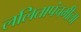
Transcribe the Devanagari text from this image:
ललितापंचमीला